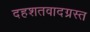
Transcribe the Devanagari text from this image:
दहशतवादग्रस्त